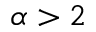
\alpha > 2